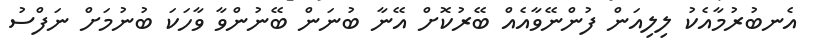
އެނބުރުމާއެކު ލިލިއަން ފުންނޭވާއެއް ބޭރުކޮށް އޭނާ ބުނަން ބޭނުންވާ ވާހަކަ ބުނުމަށް ނަފްސު